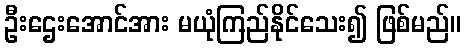
ဦးဌေးအောင်အား မယုံကြည်နိုင်သေး၍ ဖြစ်မည်။